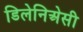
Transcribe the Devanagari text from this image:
डिलेनिअेसी